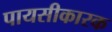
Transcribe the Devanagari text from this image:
पायसीकारक